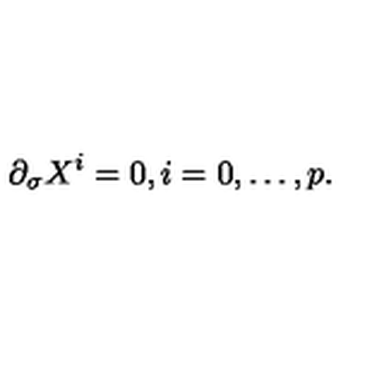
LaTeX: \partial _ { \sigma } X ^ { i } = 0 , i = 0 , \ldots , p .